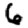
Digit: 6